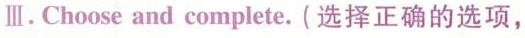
Ⅲ.Choose and complete.(选择正确的选项,